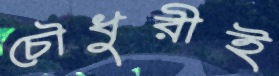
চৌধুরীই